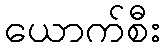
ယောက်စီး